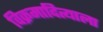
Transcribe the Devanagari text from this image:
विक्रमादित्याला